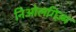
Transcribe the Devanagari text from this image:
निओलगिज़्म